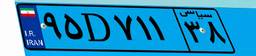
۹۵D۷۱۱۳۸